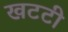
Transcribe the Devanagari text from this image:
खटटी